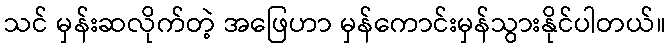
သင် မှန်းဆလိုက်တဲ့ အဖြေဟာ မှန်ကောင်းမှန်သွားနိုင်ပါတယ်။